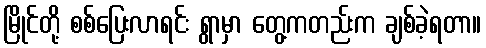
မြိုင်တို့ စစ်ပြေးလာရင်း ရွာမှာ တွေ့ကတည်းက ချစ်ခဲ့ရတာ။